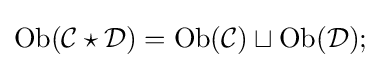
\operatorname {Ob} ({\mathcal {C}}\star {\mathcal {D}})=\operatorname {Ob} ({\mathcal {C}})\sqcup \operatorname {Ob} ({\mathcal {D}});